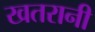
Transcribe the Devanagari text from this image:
खतरानी